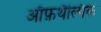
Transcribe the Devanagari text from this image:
ऑफ़थैल्मिक